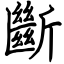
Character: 斷